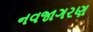
નવજાગરણ